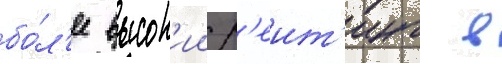
бо́л'ее высок'ии р'еит'инг в